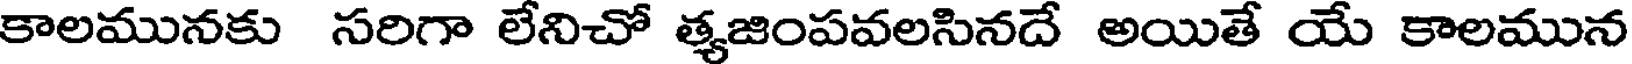
కాలమునకు సరిగా లేనిచో త్యజింపవలసినదే అయితే యే కాలమున